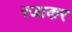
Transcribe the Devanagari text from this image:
रजाकर